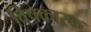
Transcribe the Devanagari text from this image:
विषकारक